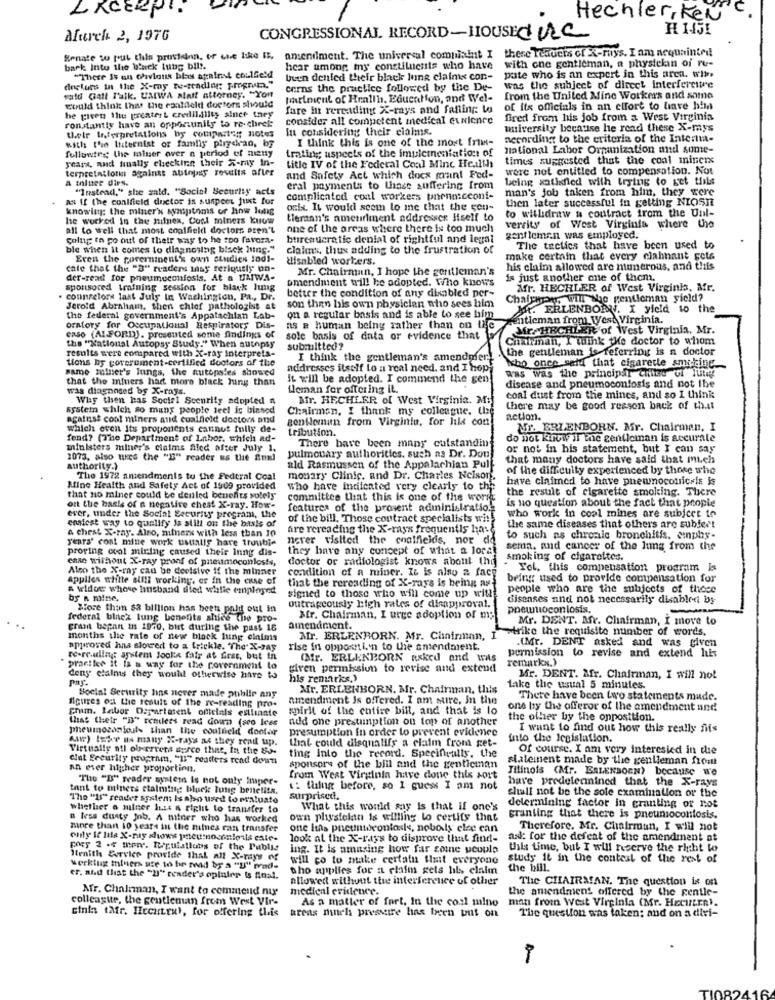
Hechler, Ken's.
Murch 2, 1976
CONGRESSIONAL RECORD-HOUSECC
Senate to put thin provision, or che like It, amendment. The universal complaint I there Teauets of X-rays. I am nequainted
back Into the black tung bil !.
hear among my constituents who have with cne gentleman, a physician of re-
"There is an Ghavions his against coulfield
buen denled their black lung clains con- pate who is an expert in this area. why
dnelurs in the X-ray te-sending; program."
cerns the practice followed by the De-
was the subject of direct interfereitre
wald Gall Talk. UMLWA alatt attorney. "Yon
primicul of Health, Education, and Wel-
from the United Mine Workers and same
could think this the contfeld doctors should
fare in rereading X-rays and falling: lo
of its officials in an effort to have him
he given the greatest credildiity sinet they
consider all competent medical evlence
fired from his job from a West Virginia
constantly have an opportunity to re-chirek:
their Interpretations by comparing notes
In considering their claims.
university because he read these X-mys
with the Internist of family pirydran, by
I think this is one of the most fria-
according to the criteria of the Interim-
fullvetry the mainer over a period of niny
trating aspects of the implementation of
national Labor Organization and some-
years, and finally checking their X-my In-
times suggested that the coal miners
terpretailotin against abiopsy results ofler
Litle IV of the Federal Coal Mine He.ilth
were not entitled to compensation. Not
a thinter dies.
and Safety Act which docs munt Fed-
being satisfied with trying to get tiils
"Instead," she said. "Social Security acts
eral payments to those suffering from
man's job taken from him, they were
AS If the conifield doctor is suspect just for
complicated coal workers pnenn:cconi-
then later successful in getting NIOSIE
knowing: the miner's symptoms of how long
orix. It wouldl scem lo ine that the sen-
to willidraw a contract from the Unl-
he worked in the mines, Cool miners kuuw
tiernan's ametirlment addressex Hiself to
all to well that most coalfield doctors aren't
one of the areas where there is too much
versity of West Virginia where the
colng to go out of their way to he too favora.
bureaucratic denial of rightful and legal
gentlemen was employed.
ble when it comes to diagnosing black huing."
claims, thus adding to the frustration of
The teclics that have been used to
Even the porerninent's own studien Indi-
disabled workers.
make certain that every clahnant gets
cale that the "B" readers tnay reriquely un-
Mr. Chairman, I hope the gentleman's
his claim allowed are numerous, and this
der-read for pneumoconiosis, At a DAIWA-
amendment will be adopted. Who knows
is just another one of them.
sponsored training session for black lung
better the condition of any disabled per-
Mr. HECHLER of West Virginia, Mr.
counselors laat July In Washington, Pa ., Dr.
son than his own physician nho sees bilm
Chafthpour, will the gentleman yield?
Jerold Abraham, then chief pathologist at
Mr. ERLENBORN. I yield to the
the federal government's Appalachian Lab-
on a regular basis and is able to see him
anticman from West Virginia.
oratory for Occupational Respirators Dis-
ns a human being rather than on the
Mr. HECHLER of West Virginia, Mr.
CASO (ALFORD), presented some findings of
sole basis of data or evidence that
Chairman, I think the doctor to whom
the "National Autopsy Study." When autopsy
results were compared with X-ray interpreta-
submitted?
the gentleman is referring is a doctor
tions by porerement-certified doctors of the
I think the gentleman's amendner.
same meiner's lungs, the autopsies showed
addresses itself Lo a real need. and I hop
Nho once said that cigarette smoking
aas was the principar chiist of lutit
that the miners hart more black Jung than
It will be adopted. I commend the gen
disease and pneumoconlosis and not the
was diagnosed by X-rays.
ileman for offering IL.
Why then has Social Scenrily adopted n
Mr. HECHLER of West Virginia. My
coal dust from the mines, and so I think
system which so many people teel is binsed
Chairman, I thank my colleague. Ue
there may be good reason back of th.it
against cool miners and coalfield doctors and
gentleman from Virginto, for lils con
action.
which even its proponents cannot fully de-
tribution.
Mr. ERLENBORN. Mr. Chairman, I
fend? (The Department of Labor, which ad-
There have been many cutstandin
do not know if the gentleman is accurate
ministers miner's claims filed after July 1.
or not in his statement, but I can say
1073. also uses the "E" reader as the Enul
pulmonary authorities, such as Dr. Dou
that many doctors have said that much
authority.)
ald Rasmussen of the Appalachian Pull
of the difficulty experienced by those who
The 1972 amendments to the Federal Coal
monary Clinic, and Dr. Charles Nelson,
have claimed to have pneumnoconic is is
Mine Health and Safety Act of 1909 provided
who have incitented very clearly to the
the result of cigarette smoking. There
that no miner could be denled benefits solely"
committee that this is one of the worst
is no question about the fact that people
on the basis of n negative chest X-ray. How-
features of the prosent administratio.
ever, under the Social Security programs, the
of the bill. Those contract specialists wh
who work in coal mines are subject to
easiest way to qualify is still on the basis of
& chest X-ray. Also, mimnerx with less than 10
are rereading the X-rays frequently have
the same diseases that others are subject
years' cost mine work usually hare trouble
never visited the coalfields, nor de
to such as chronic bronchitis. einphy-
proving cool miring caused their inng dis-
they have any concept of what a local
sema, and cancer of the lumg from the
case withont X-ray proof of pneumoconlos!s,
doctor or radiologist knows about the
smoking of cigarettes.
Also the X-ray can be decisive if the minner
Yol. this compensation program is
applies whiite still working, or in the case of
that the rereading of X-rays is being aat
condition of a miner. It is also & face
being used to provide compensation for
& widow whose linsband sted whlie employed
people who are the subjects of these
by n mine,
signed to those who will come up with
outrageously high rates of disapproval.
diseases and not necessarily disabled by
More than $2 billion has beeta pald out in
pneuniocon losis.
federal binek lung benefits shice the pro-
Sfr. Chairman, I urge adoption of my
Mr. DENT. Mr. Chairman, I move to
grant bepan in 1970, but during the past 16
amendment.
strike the requisite number of words.
months the rate of new block hung claims
Mr. ERLENBORN. Mr. Chairman, I
.(Mr. DENT asked and was given
approved hna slowed to a trickle. "The X-za5
rise in opposition to the amendment.
permission to revise and extend his
re-re.uling system Jooka fair at free, but in
(Mr. ERLENBORN asked and was
remarkx.)
practice it is a way for the covernment to
given permission to revise and extend
deny claims they would otherwise have to
his remarks.)
Mr. DENT. Mfr. Chairman, I will not
Mr. ERLENBORN. Mr. Chairman, this
take the usual 5 minutes.
Social Security hins never made public any
amendment is offered. I am sure, in the
There have been two statements mude.
figures of the result of the re-reading pro-
Fnum. Labor Departatent officials estlinate
wirit of the entire bill, and that is lo
one by the offeror of the amendment and
that their "B" retiless read down (seo Ices
add one prestunption on top of another
the other by the opposition.
pneumoconfouls than the coutfield donter
presumption in order to prevent evidence
I want to find out how this really fiis
Aww) teke IN many X-rays as they rend up.
that could disqualify a claim from get-
into the legislation.
Virtually all ob errera surce that, In the So-
Of course. I am very interested in the
clat Security program, "I" readers read down
ting Into the record. Specifically. the
statement made by the gentleman front
an ever higher proportion.
sponsors of the bill and the gentleman
Tilinois (Mr. BALENSOGN) because We
"The "B" reader syntes Is not only Imper-
from West Virginia have done this sort
have prodelennined that the X-rays
tant to miners claiming bluck lung benefits.
1: thing before, so I guess I am not
The "If" reader system: Is also used to evaluate
surprised.
shall not be the sole examination of the
whether o milner inst & figlit to transfer to
What this would say is that if one's
determining factor in granting or not
B less dusty job. A mitner who has worked
own physician is willing to certify that
granting that there is pneumoconiosis.
more than 10 years in the times can transfer
one Iths pneumtoconlosle, noboly elec can
Therefore. Mr. Chairman, I will not
look at the X-rays to disprove thant find-
ask: for the defeat of the amendment at
Fors 2 or more. Regulations of the Public
Ing. It Is amazing how far some people
this time, but I will reserve the right to
Menith Service provide thal all X-rays of
will co to make certain that everyone
study it in the contest of the rest of
werklug miners sie to be read by a "U" prad.
tho applies for a claim gels hils claim
the bill.
er, and that the "2" reader's opinlep is final.
allowed without the interference of other
The CHAIRMAN. The question is on
Mr. Chaliman, I want to commend nue
medical evidence.
the amendment offered by the gentle-
colleagite, the gentleman from West Vir-
As a matter of fart, In the col mino
man from West Virginia (Mr. HEcuLER).
cinin (Afr. HeCHLER', for offering this
areas minch pressere has been put on
The question was taken; and on a divi-
TI0824